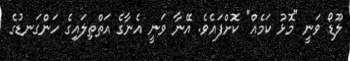
ލޫޑޯ ވަނީ "މޮޅު ކަމެއް" ކޮށްފައެވެ. އޭނާ ވަނީ އެނާގެ އަތްތިލައިގެ ހަންގަނޑުގެ